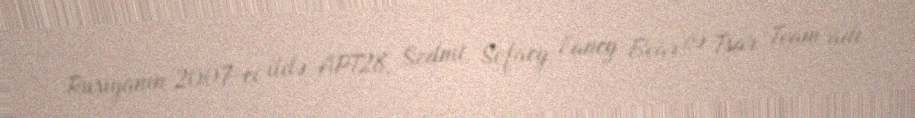
Rusiyanın 2007-ci ildə APT28, Sednit, Sofacy, Fancy Bear və Tsar Team adı